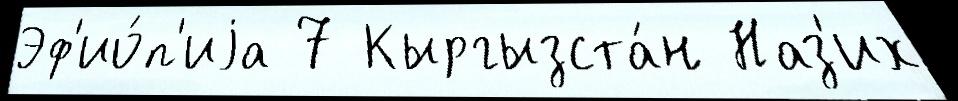
Эф'ио́п'иjа 7 Кыргызста́н Наз'их